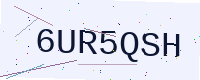
Text: 6UR5QSH